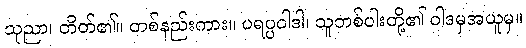
သုညာ၊ တိတ်၏။ တစ်နည်းကား။ ပရပ္ပဝါဒါ၊ သူတစ်ပါးတို့၏ ဝါဒမှအယူမှ။